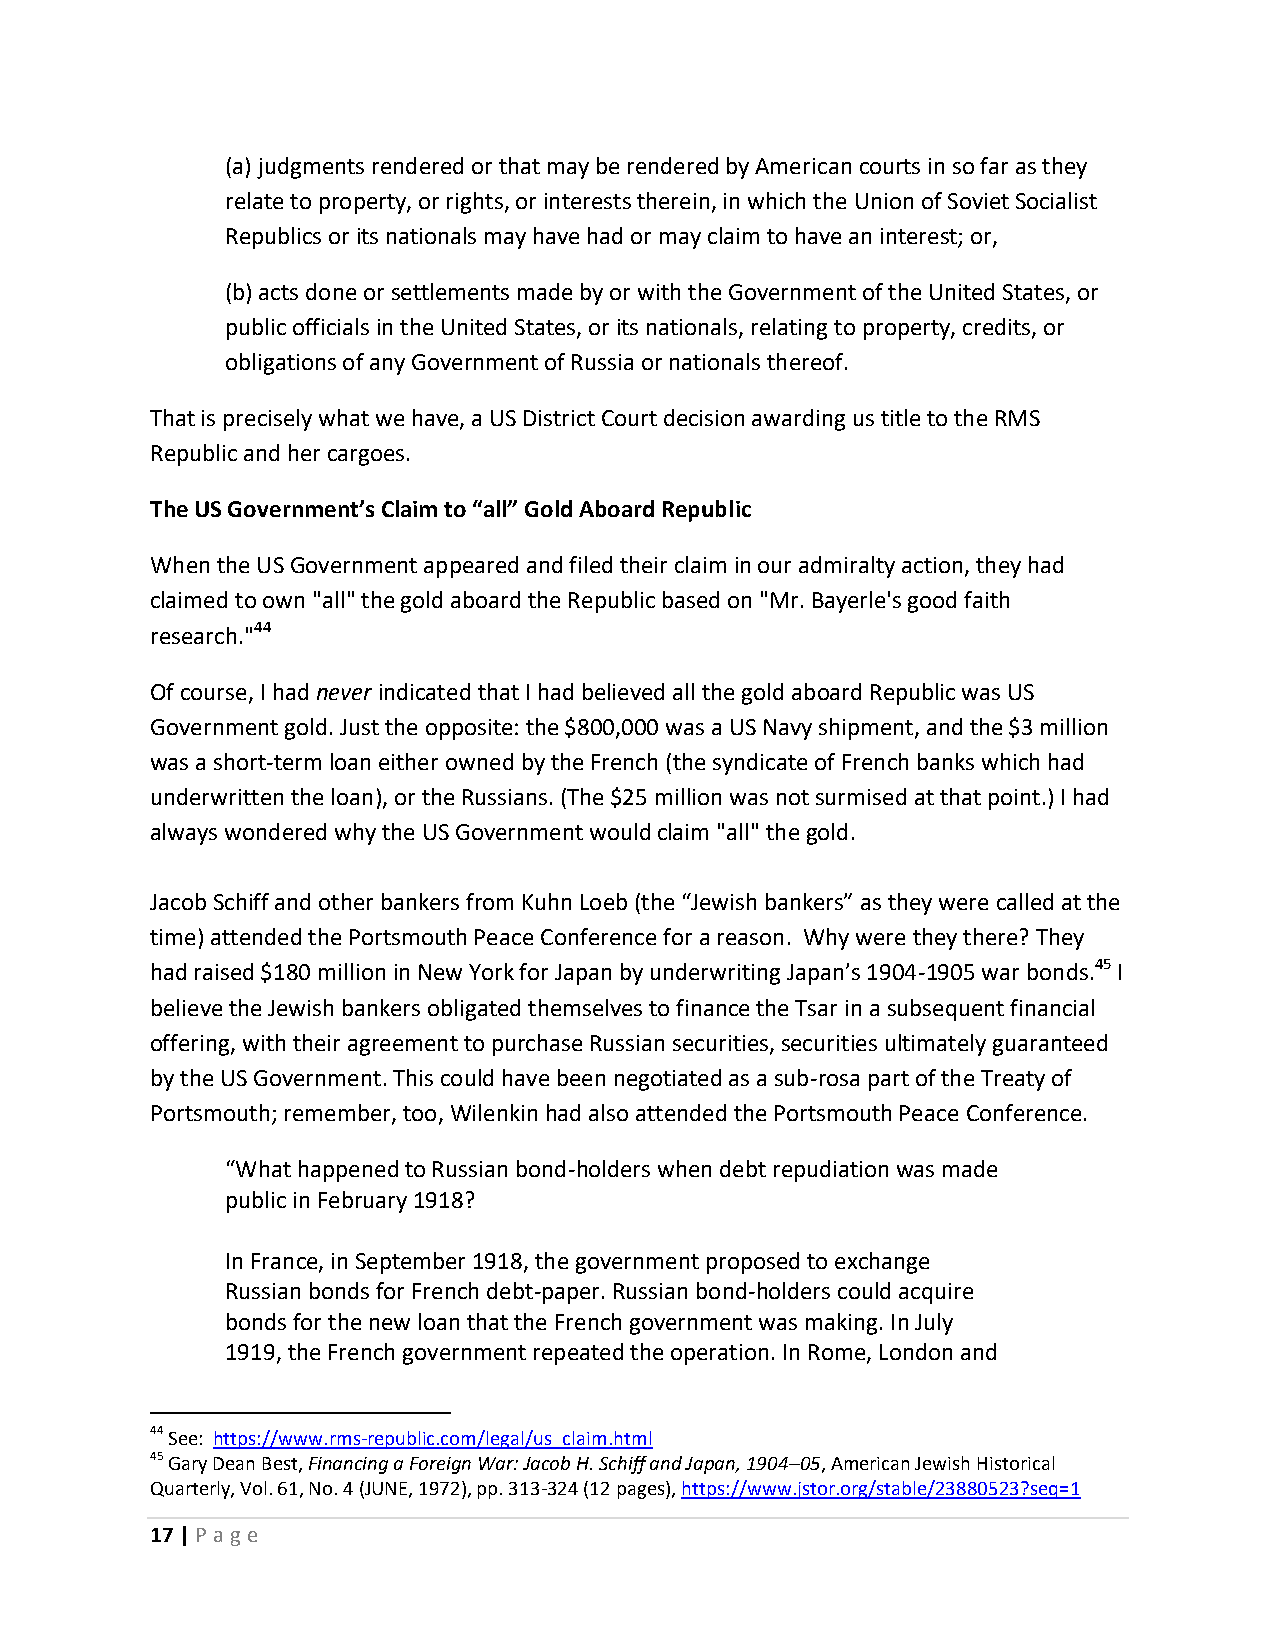
(a) judgments rendered or that may be rendered by American courts in so far as they
 relate to property, or rights, or interests therein, in which the Union of Soviet Socialist
 Republics or its nationals may have had or may claim to have an interest; or,
 (b) acts done or settlements made by or with the Government of the United States, or
 public officials in the United States, or its nationals, relating to property, credits, or
 obligations of any Government of Russia or nationals thereof.
 That is precisely what we have, a US District Court decision awarding us title to the RMS
 Republic and her cargoes.
 The US Government’s Claim to “all” Gold Aboard Republic
 When the US Government appeared and filed their claim in our admiralty action, they had
 claimed to own "all" the gold aboard the Republic based on "Mr. Bayerle's good faith
 research."44
 Of course, I had never indicated that I had believed all the gold aboard Republic was US
 Government gold. Just the opposite: the $800,000 was a US Navy shipment, and the $3 million
 was a short-term loan either owned by the French (the syndicate of French banks which had
 underwritten the loan), or the Russians. (The $25 million was not surmised at that point.) I had
 always wondered why the US Government would claim "all" the gold.
 Jacob Schiff and other bankers from Kuhn Loeb (the “Jewish bankers” as they were called at the
 time) attended the Portsmouth Peace Conference for a reason. Why were they there? They
 had raised $180 million in New York for Japan by underwriting Japan’s 1904-1905 war bonds.45 I
 believe the Jewish bankers obligated themselves to finance the Tsar in a subsequent financial
 offering, with their agreement to purchase Russian securities, securities ultimately guaranteed
 by the US Government. This could have been negotiated as a sub-rosa part of the Treaty of
 Portsmouth; remember, too, Wilenkin had also attended the Portsmouth Peace Conference.
 “What happened to Russian bond-holders when debt repudiation was made
 public in February 1918?
 In France, in September 1918, the government proposed to exchange
 Russian bonds for French debt-paper. Russian bond-holders could acquire
 bonds for the new loan that the French government was making. In July
 1919, the French government repeated the operation. In Rome, London and
 44 See: https://www.rms-republic.com/legal/us_claim.html
 45 Gary Dean Best, Financing a Foreign War: Jacob H. Schiff and Japan, 1904–05, American Jewish Historical
 Quarterly, Vol. 61, No. 4 (JUNE, 1972), pp. 313-324 (12 pages), https://www.jstor.org/stable/23880523?seq=1
 17 | P age